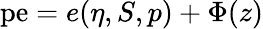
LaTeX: \mathrm{pe}=e(\eta,S,p)+\Phi(z)